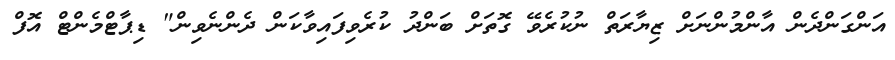
އަންގަންދެން އާންމުންނަށް ޒިޔާރަތް ނުކުރެވޭ ގޮތަށް ބަންދު ކުރެވިފައިވާކަން ދެންނެވިން" ޑިޕާޓްމެންޓް އޮފް